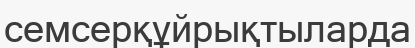
семсерқұйрықтыларда